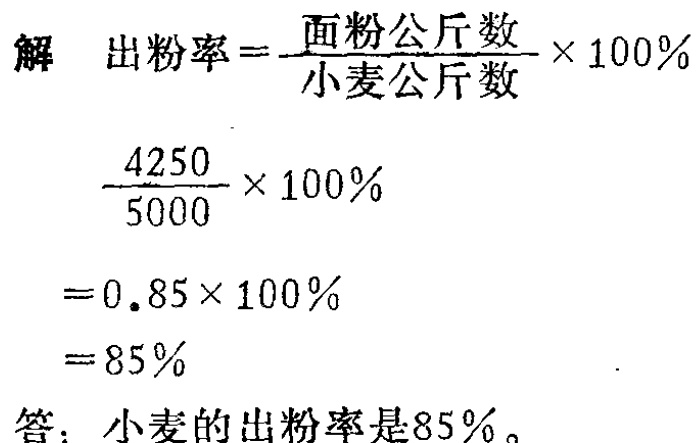
解 出粉率$=\dfrac{面粉公斤数}{小麦公斤数}\times 100\%$

\[\begin{align*}

&\dfrac{4250}{5000}\times 100\%\\

=&0.85\times 100\%\\

=&85\%

\end{align*}\]

答：小麦的出粉率是85%。